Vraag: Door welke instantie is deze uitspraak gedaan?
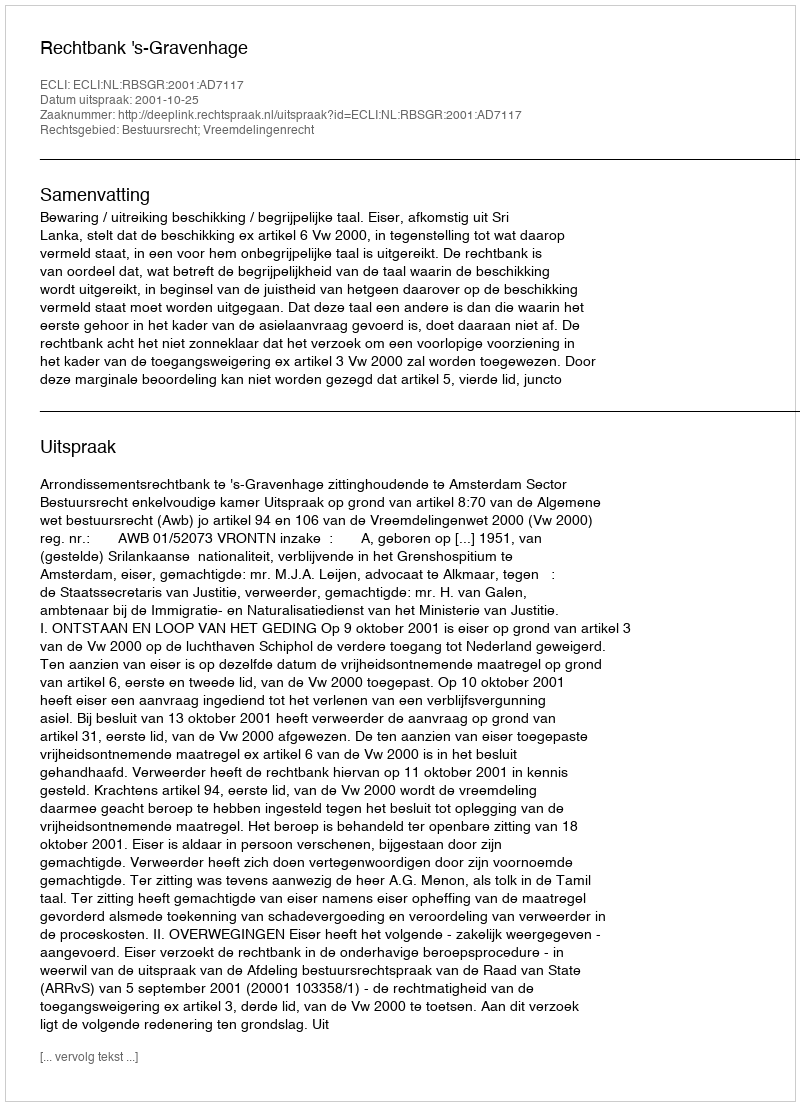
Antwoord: Rechtbank 's-Gravenhage